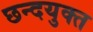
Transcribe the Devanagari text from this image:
छन्दयुक्त